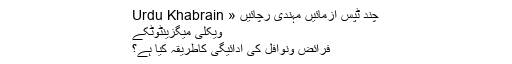
چند ٹپس آزمائیں مہندی رچائیں « Urdu Khabrain
ویکلی میگزینٹوٹکے
فرائض ونوافل کی ادائیگی کاطریقہ کیا ہے؟